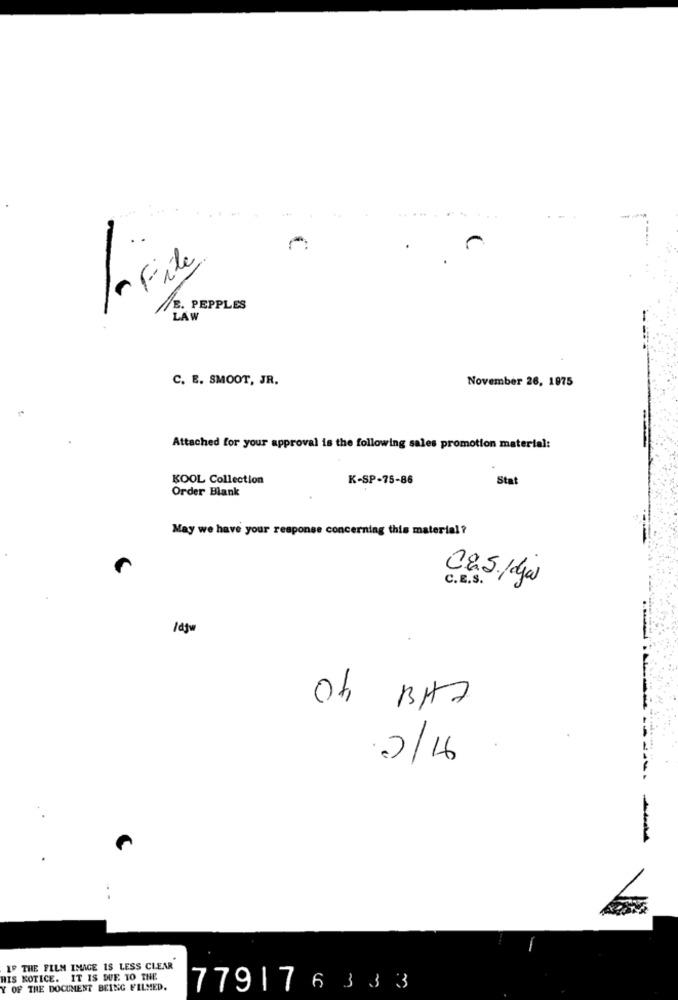
a File
/E. PEPPLES
LAW
C. E. SMOOT, JR.
November 26, 1975
Attached for your approval is the following sales promotion material:
KOOL Collection
K-SP-75-86
Sta
Order Blank
May we have your response concerning this material ?
C.E.S.
C.s/ djas
/djw
-
w
2/16
. .
IP THE FILM IMAGE IS LESS CLEAR
HIS NOTICE. IT IS DUE TO THE
Y OF THE DOCUMENT BEING FILMED.
779176333